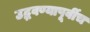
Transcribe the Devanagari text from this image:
उद्भवण्यापूर्वीच